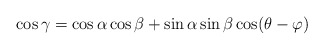
\begin{align*}\cos\gamma=\cos\alpha\cos\beta+\sin\alpha\sin\beta\cos(\theta-\varphi)\end{align*}